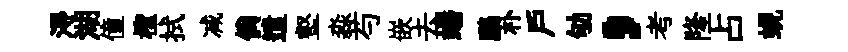
淂湖僮檉拭减倘遣壑淼芍嵌去蟠鸝朴户劬，考隆占蜆